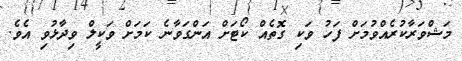
މަޝްވަރާކުރެއްވުމަށް ފަހު ވަކި ގޮތެއް ކޯޓަށް އަންގަވާނެ ކަމަށް ވަކީލް ވިދާޅުވި އެވެ.